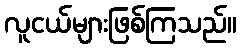
လူငယ်များဖြစ်ကြသည်။